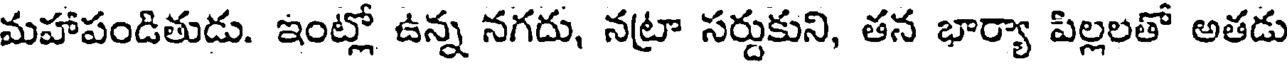
మహాపండితుడు. ఇంట్లో ఉన్న నగదు, నట్రా సర్దుకుని, తన భార్యా పిల్లలతో అతడు